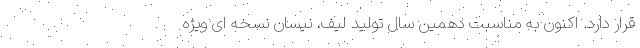
قرار دارد. اکنون به مناسبت دهمین سال تولید لیف، نیسان نسخه ای ویژه